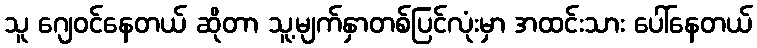
သူ ဂျေဝင်နေတယ် ဆိုတာ သူ့မျက်နှာတစ်ပြင်လုံးမှာ အထင်းသား ပေါ်နေတယ်